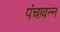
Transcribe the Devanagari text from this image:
पंचावन्‍न